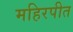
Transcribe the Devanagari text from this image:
महिरपीत